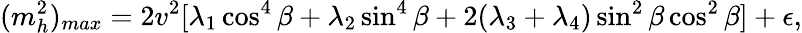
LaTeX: (m_{h}^{2})_{max}=2v^{2}[\lambda_{1}\cos^{4}\beta+\lambda_{2}\sin^{4}\beta+2(\lambda_{3}+\lambda_{4})\sin^{2}\beta\cos^{2}\beta]+\epsilon,